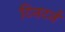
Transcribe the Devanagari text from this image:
टिनटर्न